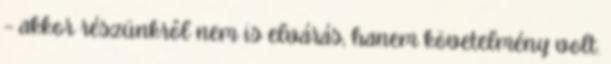
– akkor részünkrôl nem is elvárás, hanem követelmény volt.